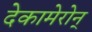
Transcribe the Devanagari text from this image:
देकामेरोन्